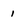
Character: 1